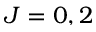
J = 0 , 2